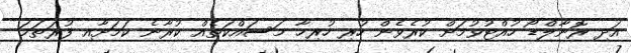
އަދި ރޮނާލްޑޯ ހުއްޓުވުމަށް ކުރެވެން ހުރި ހުރިހާ މަސައްކަތެއް ކުރާނެ ކަމަށާއި ފުރަތަމަ